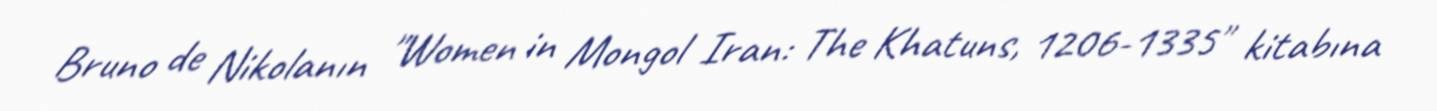
Bruno de Nikolanın "Women in Mongol Iran: The Khatuns, 1206-1335" kitabına